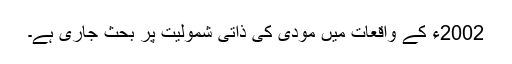
2002ء کے واقعات میں مودی کی ذاتی شمولیت پر بحث جاری ہے۔